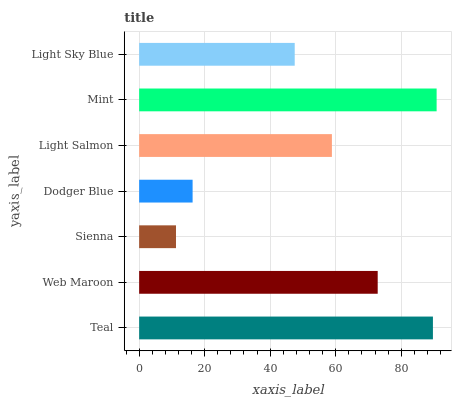
| yaxis_label | bars |
 | --- | --- |
 | Teal | 89.7 |
 | Web Maroon | 72.8 |
 | Sienna | 11.2 |
 | Dodger Blue | 16.3 |
 | Light Salmon | 58.8 |
 | Mint | 90.8 |
 | Light Sky Blue | 47.5 |